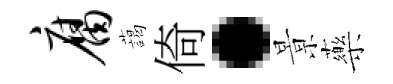
腐藹倚·㬌藥